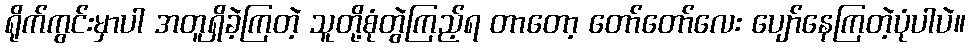
ရိုက်ကွင်းမှာပါ အတူရှိခဲ့ကြတဲ့ သူတို့စုံတွဲကြည့်ရ တာတော့ တော်တော်လေး ပျော်နေကြတဲ့ပုံပါပဲ။